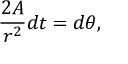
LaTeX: { \frac { 2 A } { r ^ { 2 } } } d t = d \theta ,